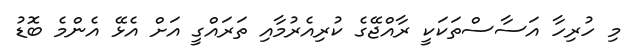
މި ހުރިހާ އަސާސްތަކަކީ ރާއްޖޭގެ ކުރިއެރުމާއި ތަރައްގީ އަށް އެޅޭ އެންމެ ބޮޑު